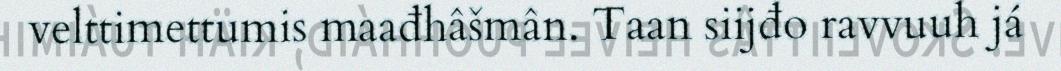
velttimettumis maađhâšmân. Taan siijđo ravvuuh já